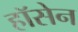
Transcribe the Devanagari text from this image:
हॉसेन